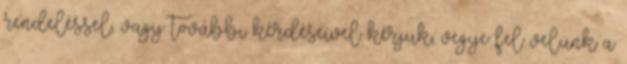
rendeléssel, vagy további kérdéseivel kérjük, vegye fel velünk a